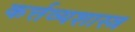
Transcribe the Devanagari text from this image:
कर्त्तव्यशास्त्र